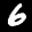
Label: 6